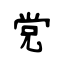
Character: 党